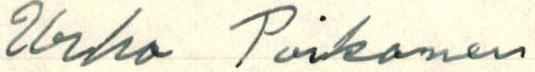
Urho Poikonen